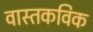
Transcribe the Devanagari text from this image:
वास्तकविक